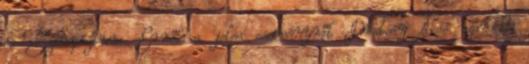
és Szimpózium. Erről a jeles eseményről Dratsay Ákos számolt